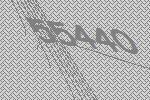
55440